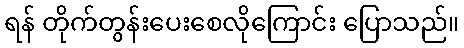
ရန် တိုက်တွန်းပေးစေလိုကြောင်း ပြောသည်။